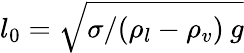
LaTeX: l_{0}=\sqrt{\sigma/(\rho_{l}-\rho_{v})\: g}